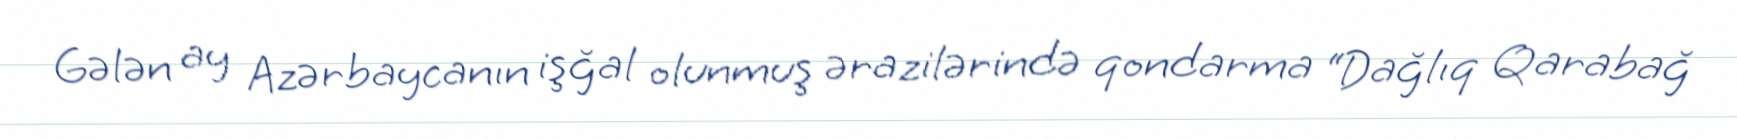
Gələn ay Azərbaycanın işğal olunmuş ərazilərində qondarma “Dağlıq Qarabağ